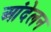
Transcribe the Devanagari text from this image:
आंदेलन